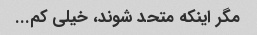
مگر اینکه متحد شوند، خیلی کم...